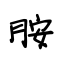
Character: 胺